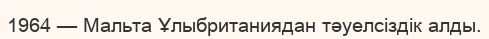
1964 — Мальта Ұлыбританиядан тәуелсіздік алды.